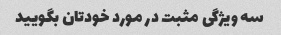
سه ویژگی مثبت در مورد خودتان بگویید